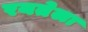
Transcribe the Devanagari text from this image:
रयतेला